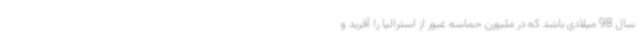
سال 98 میلادی باشد که در ملبورن حماسه عبور از استرالیا را آفرید و